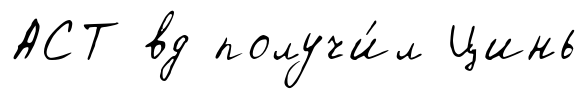
АСТ вд получи́л Цинь